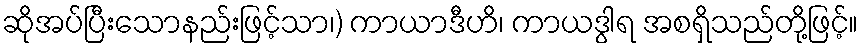
ဆိုအပ်ပြီးသောနည်းဖြင့်သာ၊) ကာယာဒီဟိ၊ ကာယဒွါရ အစရှိသည်တို့ဖြင့်။